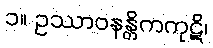
၁။ ဥဿာဝနန္တိကကုဋိ၊